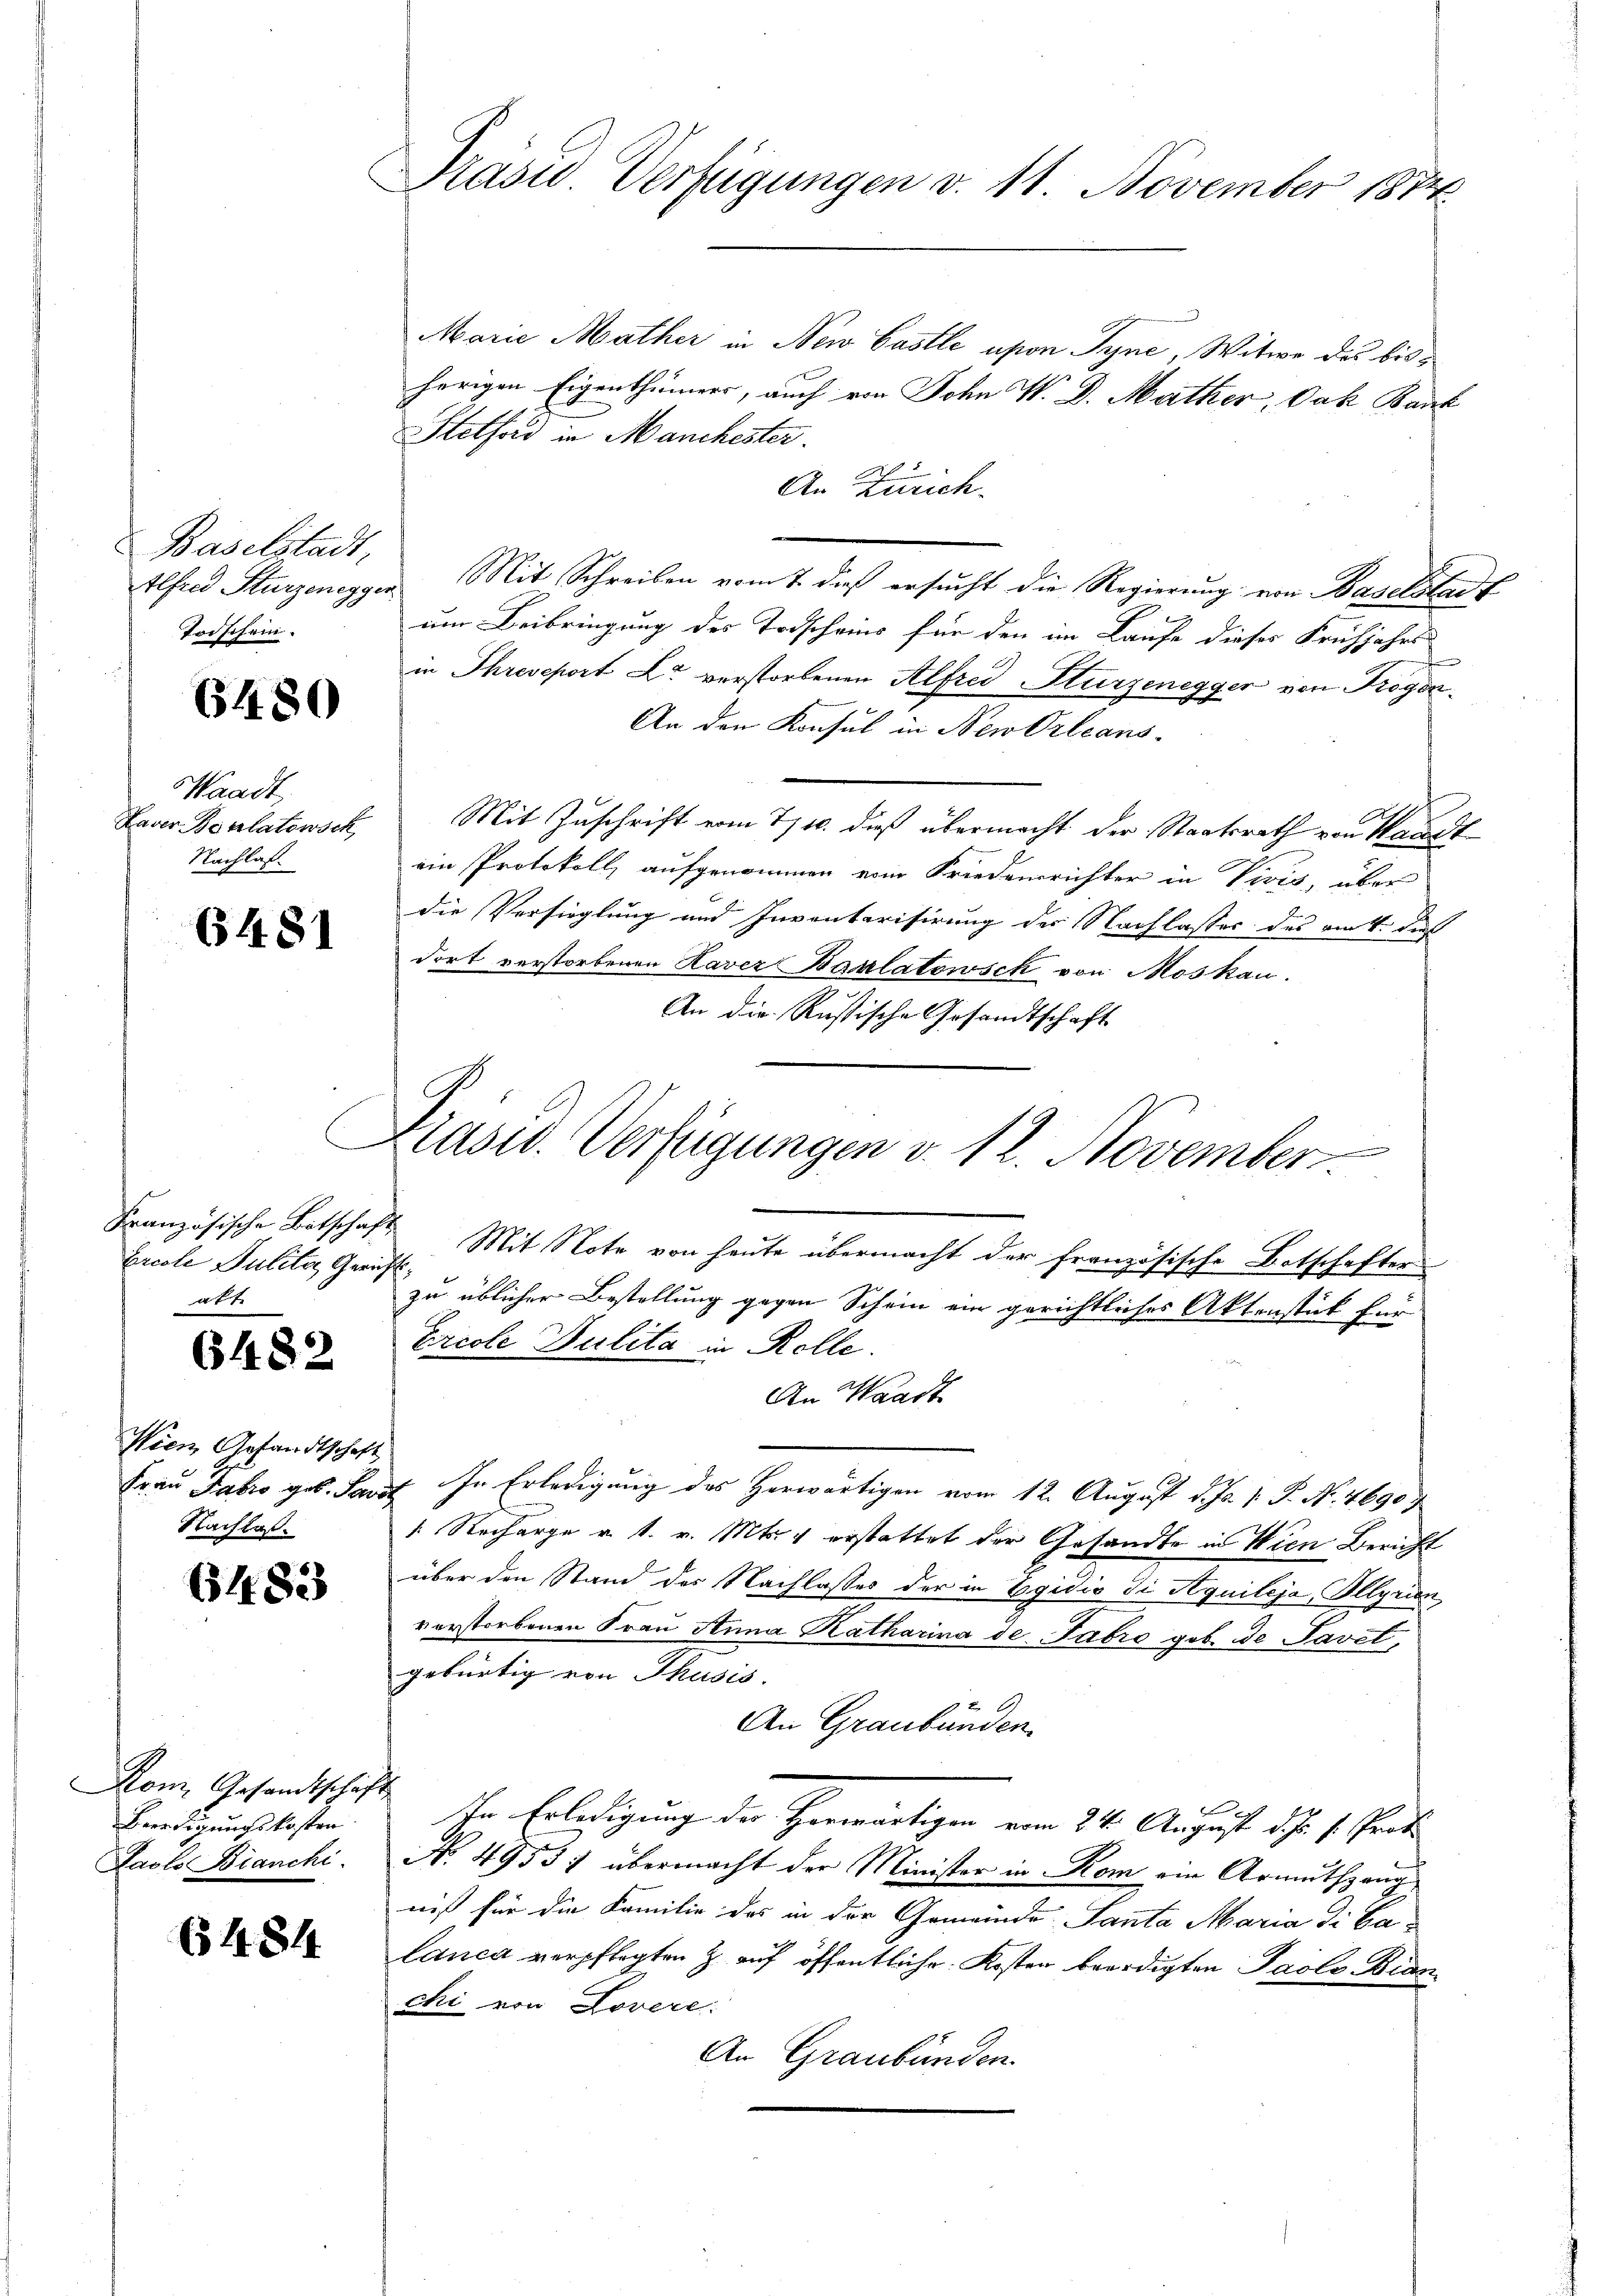
Baselstadt,
Torschein.

6480

Waadt,
Haver Borlatowsch
Nachlas

6481

Ecole Julila, Gerin,
f

6482

Wien Gesandtschaft
Nachlas

6483

Rom. Gesandtschaf
Beredigungskosten
Laslo Bianchi

6484

Präsid. Verfügungen v. 11. November 1874

Prasw. Verfügungen v. 12. November

Marie Mather in New Gastle upon Tyne, Witwe des bisherigen Eigenthümers, auch von Sohn V. D. Mather, Vak Bank
Stotford in Manchester.
An Zürich.
Elfend Sturzenegger Mit Schreiben vom 7. dieß ersucht die Regierung von Baselstanum Beibringung des Todscheins für den im Laufe dieses Frühjahrs-
in Threseport Er verstorbenen Alfred Sturzenegger von Trogen¬
An den Konsul in New-Orleans
Mit Zuschrift vom 7/10. dieß übermacht der Staatsrath von Waadt
ein Protokoll, aufgenommen vom Friedensrichter in Vivis, über
die Versieglung und Inventarisirung der Nachlasses des amt, daß
dort verstorbenen Haver Baulatowsck von Moskau
An die Rustische Gesandtschaft
e
Französische Botschaft Mit Note von heute übermacht der französische Botschafter
f
zu üblicher Bestellung gegen Schein ein gerichtliches Aktenstück für
Ecole Dulita in Rolle.
An Waadt
Frau Jako geb. Lauf In Erledigung des Herwärtigen vom 12. August d. Js. v. J. No. 4690;
1. Recharge u. s. v. Mts. 4 erstattet der Gesandte in Wien Bericht
über den Stand der Nachlasses der in Egidio di Aquileja, Illyrien
verstorbenen Frau Anna Katharina de Fabro geb. de Tavel,
gebürtig von Thusis.
An Graubünden.
t
In Erledigung der Herwärtigen vom 24. August d. Js. s. Prat
No. 4953) übermacht der Minister in Rom ein Armuthgang
niß für die Familie des in der Gemeinde Santa Maria di Calanca verpflegten Z. auf öffentliche Kosten beerdigten Paols Bianchi von Lovere.
An Graubünden.

E